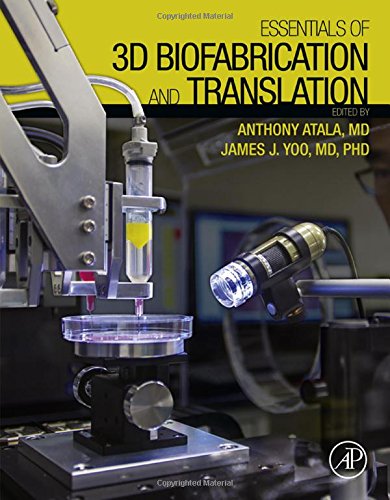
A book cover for Essentials of 3D Biofabrication and Translation; Anthony Atala; Medical Books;